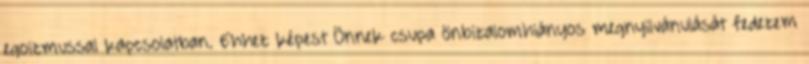
egoizmussal kapcsolatban. Ehhez képest Önnek csupa önbizalomhiányos megnyilvánulását fedezem